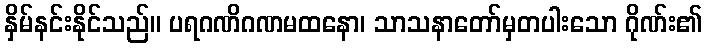
နှိမ်နင်းနိုင်သည်။ ပရဂဏိဂဏမထနော၊ သာသနာတော်မှတပါးသော ဂိုဏ်း၏